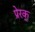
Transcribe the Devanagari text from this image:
प्रेरक्